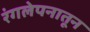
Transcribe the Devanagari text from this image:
रंगलेपनातून